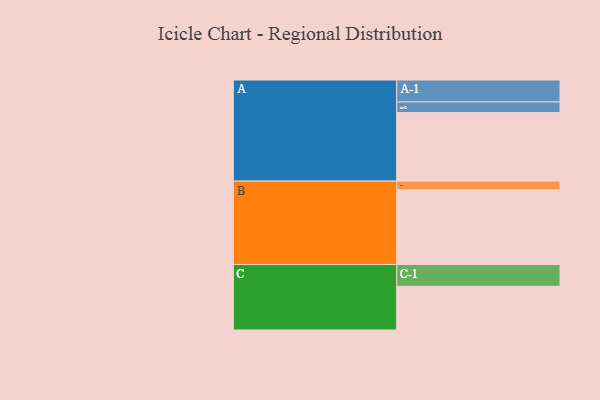
{"axis": {"x": "Segment", "y": "Value"}, "legend": ["", "A", "B", "C"], "data": [{"x": "A", "y": 542, "type": ""}, {"x": "B", "y": 592, "type": ""}, {"x": "C", "y": 346, "type": ""}, {"x": "A-1", "y": 174, "type": "A"}, {"x": "A-2", "y": 84, "type": "A"}, {"x": "B-1", "y": 68, "type": "B"}, {"x": "C-1", "y": 172, "type": "C"}]}